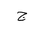
Letter: _gim